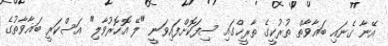
އޭނާ ގެނައި ބަޣާވާތް ތުރުކީގެ ތާރީޚްގައި ސިފަކޮށްފައިވަނީ "ލޭ އޮހޮރުވާލި" އަސްކަރީ ބަޣާވާތުގެ